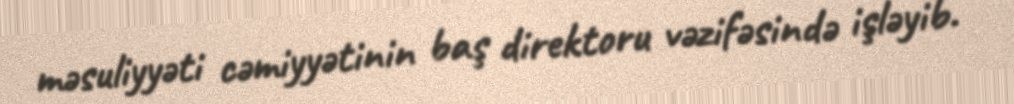
məsuliyyəti cəmiyyətinin baş direktoru vəzifəsində işləyib.